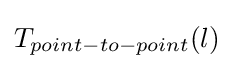
T_{point-to-point}(l)